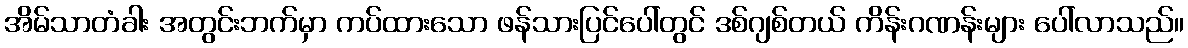
အိမ်သာတံခါး အတွင်းဘက်မှာ ကပ်ထားသော ဖန်သားပြင်ပေါ်တွင် ဒစ်ဂျစ်တယ် ကိန်းဂဏန်းများ ပေါ်လာသည်။